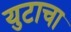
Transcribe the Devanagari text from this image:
युटाचा